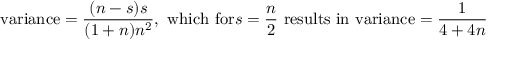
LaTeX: { \mathrm { v a r i a n c e } } = { \frac { ( n - s ) s } { ( 1 + n ) n ^ { 2 } } } , { \mathrm { ~ w h i c h ~ f o r } } s = { \frac { n } { 2 } } { \mathrm { ~ r e s u l t s ~ i n ~ v a r i a n c e } } = { \frac { 1 } { 4 + 4 n } }